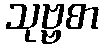
သုဗ္ဗစာ